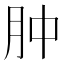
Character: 肿